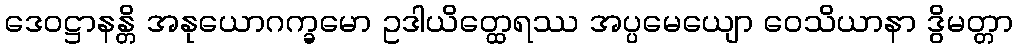
ဒေဝဋ္ဌာနန္တိ အနုယောဂက္ခမော ဥဒါယိတ္ထေရဿ အပ္ပမေယျော ဝေသိယာနာ ဒွိမတ္တာ